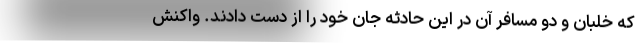
که خلبان و دو مسافر آن در این حادثه جان خود را از دست دادند. واکنش